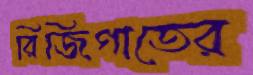
রিজিগাতের